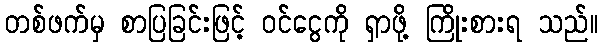
တစ်ဖက်မှ စာပြခြင်းဖြင့် ဝင်ငွေကို ရှာဖို့ ကြိုးစားရ သည်။